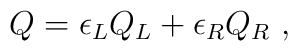
Q=\epsilon _{L}Q_{L}+\epsilon _{R}Q_{R}\ ,